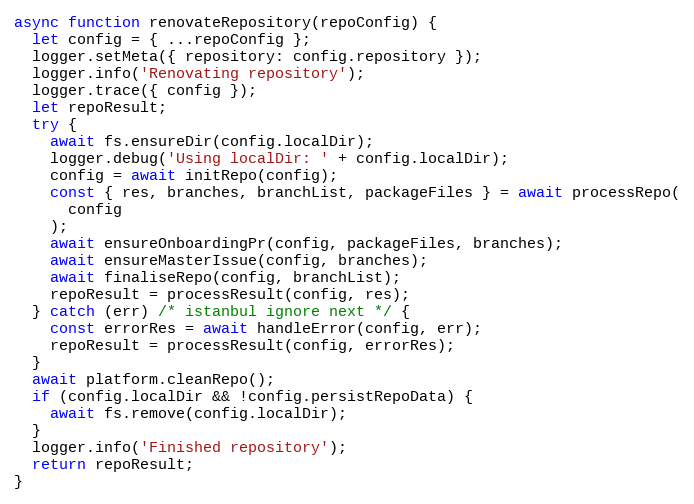
Language: JavaScript
async function renovateRepository(repoConfig) {
  let config = { ...repoConfig };
  logger.setMeta({ repository: config.repository });
  logger.info('Renovating repository');
  logger.trace({ config });
  let repoResult;
  try {
    await fs.ensureDir(config.localDir);
    logger.debug('Using localDir: ' + config.localDir);
    config = await initRepo(config);
    const { res, branches, branchList, packageFiles } = await processRepo(
      config
    );
    await ensureOnboardingPr(config, packageFiles, branches);
    await ensureMasterIssue(config, branches);
    await finaliseRepo(config, branchList);
    repoResult = processResult(config, res);
  } catch (err) /* istanbul ignore next */ {
    const errorRes = await handleError(config, err);
    repoResult = processResult(config, errorRes);
  }
  await platform.cleanRepo();
  if (config.localDir && !config.persistRepoData) {
    await fs.remove(config.localDir);
  }
  logger.info('Finished repository');
  return repoResult;
}